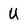
Character: U